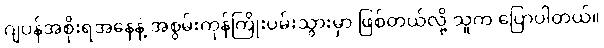
ဂျပန်အစိုးရအနေနဲ့ အစွမ်းကုန်ကြိုးပမ်းသွားမှာ ဖြစ်တယ်လို့ သူက ပြောပါတယ်။